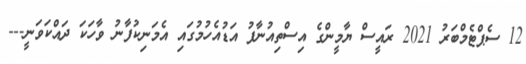
12 ސެޕްޓެމްބަރު 2021 ރައީސް ޔާމީންގެ އިސްތިއުނާފު އަޑުއެހުމުގައި އެމަނިކުފާނު ވާހަކަ ދައްކަވަނީ---